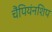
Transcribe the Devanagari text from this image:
चैंपियंनशिप